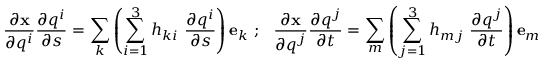
{ \frac { \partial \mathbf { x } } { \partial q ^ { i } } } { \frac { \partial q ^ { i } } { \partial s } } = \sum _ { k } \left( \sum _ { i = 1 } ^ { 3 } h _ { k i } ~ { \frac { \partial q ^ { i } } { \partial s } } \right) \mathbf { e } _ { k } ~ ; ~ ~ { \frac { \partial \mathbf { x } } { \partial q ^ { j } } } { \frac { \partial q ^ { j } } { \partial t } } = \sum _ { m } \left( \sum _ { j = 1 } ^ { 3 } h _ { m j } ~ { \frac { \partial q ^ { j } } { \partial t } } \right) \mathbf { e } _ { m }